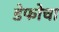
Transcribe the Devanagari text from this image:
डेफोचा